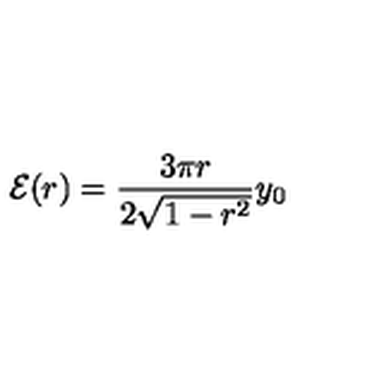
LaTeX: { \cal E } ( r ) = \frac { 3 \pi r } { 2 \sqrt { 1 - r ^ { 2 } } } y _ { 0 }